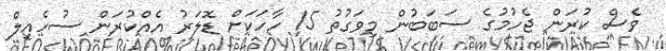
ވެސް ކުރަން ޖެހުމުގެ ސަބަބުން މިވަގުތު 15 ހާހަކަށް ޑޮލަރު އެއްކުރަން ސުހެއިލް